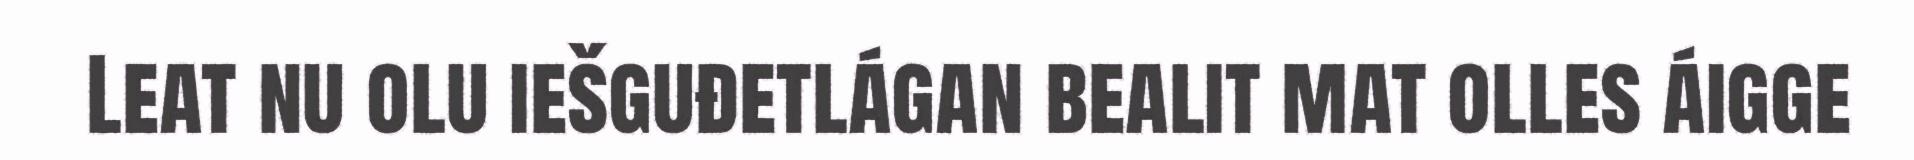
Leat nu olu iešguđetlágan bealit mat olles áigge